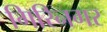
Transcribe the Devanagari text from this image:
गिरिनगर